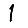
Digit: 1